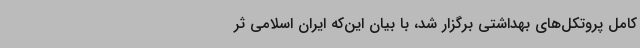
کامل پروتکل‌های بهداشتی برگزار شد، با بیان این‌که ایران اسلامی ثر